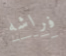
فراشه